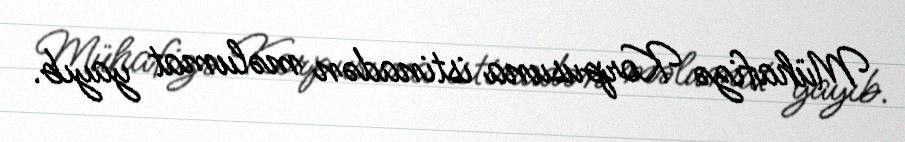
Mühafizə Korpusuna istinadən məlumat yayıb.